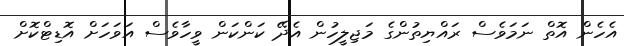
އެހެން އޮތް ނަމަވެސް ރައްޔިތުންގެ މަޖިލީހުން އެދޭ ކަންކަން ވީހާވެސް އަވަހަށް އޮޑިޓްކޮށް